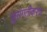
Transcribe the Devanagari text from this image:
सुसंगतीकरण